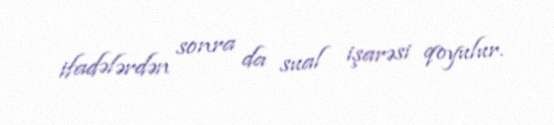
ifadələrdən sonra da sual işarəsi qoyulur.